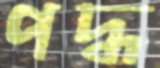
পদ্ধ